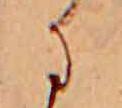
に